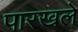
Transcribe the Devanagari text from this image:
पारखले